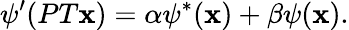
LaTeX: \psi^{\prime}(PT\mathbf{x})=\alpha\psi^{*}(\mathbf{x})+\beta\psi(\mathbf{x}).